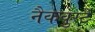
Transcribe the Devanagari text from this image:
नैकवुर्स्टे